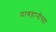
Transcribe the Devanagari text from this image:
प्राणहानीच्या